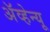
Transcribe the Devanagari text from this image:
अॅव्हेन्यू